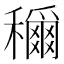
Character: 𫁉